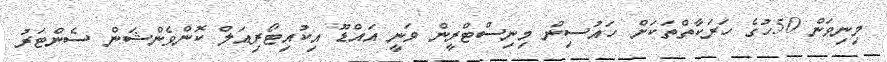
މިނިވަން 50ހުގެ ހަރަކާތްތަކަށް ހައުސިން މިނިސްޓްރީން ވަނީ އައްޑޫ އިކުއިޓޯރިއަލް ކޮންވެންޝަން ސެންޓަރު